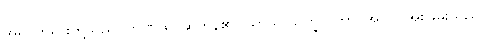
အရှင်ဘုရားတို့သည်။ ဘဏထ၊ ဆိုကုန်၏။ ယာသာသက္ခလိကာ၊ အကြင်အိုးခြမ်းသည်။